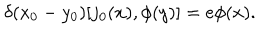
\delta ( x _ { 0 } - y _ { 0 } ) [ j _ { 0 } ( x ) , \phi ( y ) ] = e \phi ( x ) .